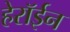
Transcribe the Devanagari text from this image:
हेरॉईन